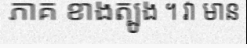
ភាគ ខាងត្បូង ។ វា មាន